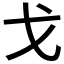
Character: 戈